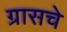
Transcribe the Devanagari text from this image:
ग्रासचे